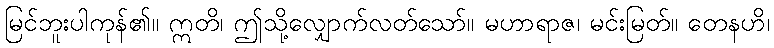
မြင်ဘူးပါကုန်၏။ ဣတိ၊ ဤသို့လျှောက်လတ်သော်။ မဟာရာဇ၊ မင်းမြတ်။ တေနဟိ၊